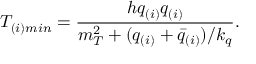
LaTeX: T _ { ( i ) m i n } = { \frac { h q _ { ( i ) } q _ { ( i ) } } { m _ { T } ^ { 2 } + ( q _ { ( i ) } + \bar { q } _ { ( i ) } ) / k _ { q } } } .